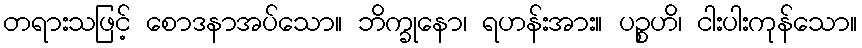
တရားသဖြင့် စောဒနာအပ်သော။ ဘိက္ခုနော၊ ရဟန်းအား။ ပဉ္စဟိ၊ ငါးပါးကုန်သော။